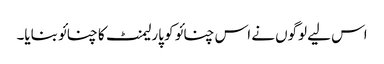
اس لیے لوگوں نے اس چنائو کو پارلیمنٹ کا چنائو بنایا۔